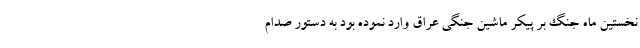
نخستين ماه جنگ بر پيكر ماشين جنگي عراق وارد نموده بود به دستور صدام